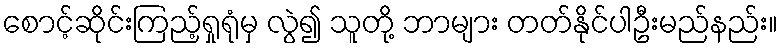
စောင့်ဆိုင်းကြည့်ရှုရုံမှ လွဲ၍ သူတို့ ဘာများ တတ်နိုင်ပါဦးမည်နည်း။